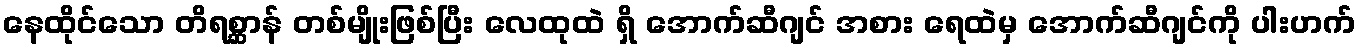
နေထိုင်သော တိရစ္ဆာန် တစ်မျိုးဖြစ်ပြီး လေထုထဲ ရှိ အောက်ဆီဂျင် အစား ရေထဲမှ အောက်ဆီဂျင်ကို ပါးဟက်